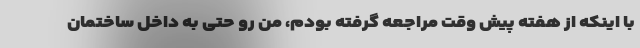
با اینکه از هفته پیش وقت مراجعه گرفته بودم، من رو حتی به داخل ساختمان